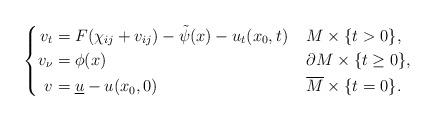
LaTeX: \begin{align*}\left\{\begin{aligned}v_t &= F(\chi_{ij} + v_{ij}) - \tilde{\psi}(x) - u_t(x_0, t) &&\; M \times \{t>0\}, \\ v_\nu &= \phi(x) && \; \partial M \times \{t \geq 0\},\\v &= \underline{u} - u(x_0, 0) & & \; \overline{M}\times\{t = 0\}.\end{aligned}\right.\end{align*}